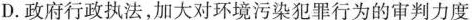
D.政府行政执法，加大对环境污染犯罪行为的审判力度